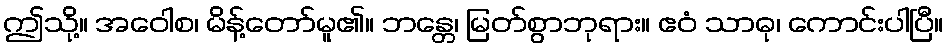
ဤသို့။ အဝေါစ၊ မိန့်တော်မူ၏။ ဘန္တေ၊ မြတ်စွာဘုရား။ ဧဝံ သာဓု၊ ကောင်းပါပြီ။